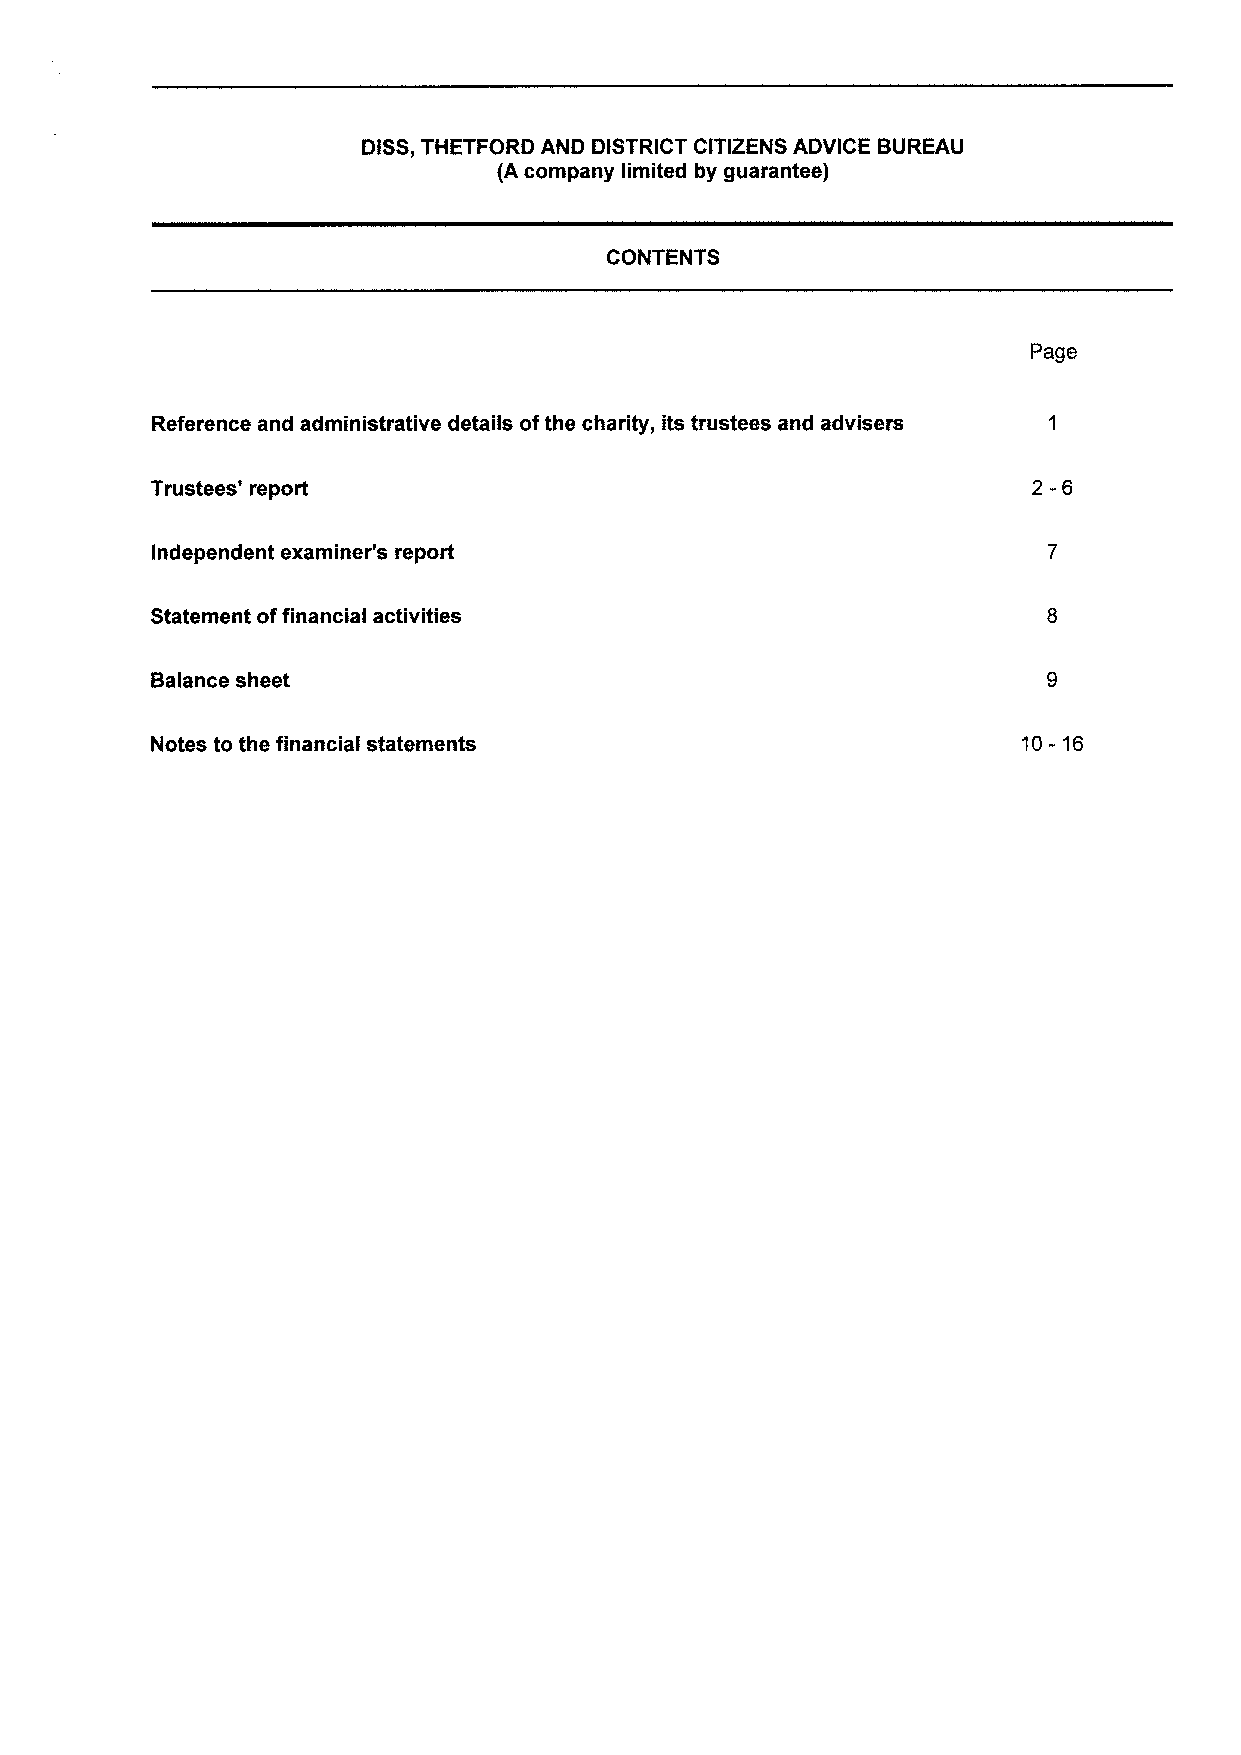
DISS,THETFORD AND DISTRICT CITIZENS ADVICE BUREAU
 (A company limited by guarantee)
 CONTENTS
 Page
 Reference and administrative details ofthe charity, its trustees and advisers
 2-6
 Trustees' report
 Independent examiner's report
 Statement offinancial activities
 Balance sheet
 Notes to the financial statements                         10- 16